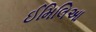
ઈમિલિઆ